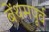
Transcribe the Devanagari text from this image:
बेंथमपूर्व